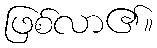
ဖြစ်လာ၏။